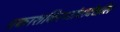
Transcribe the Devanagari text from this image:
प्रकाशकिरणांचादेखील